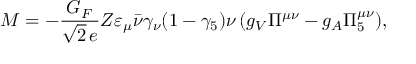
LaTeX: { \cal M } = - \frac { G _ { F } } { \sqrt { 2 } \, e } Z \varepsilon _ { \mu } \bar { \nu } \gamma _ { \nu } ( 1 - \gamma _ { 5 } ) \nu \, ( g _ { V } \Pi ^ { \mu \nu } - g _ { A } \Pi _ { 5 } ^ { \mu \nu } ) ,